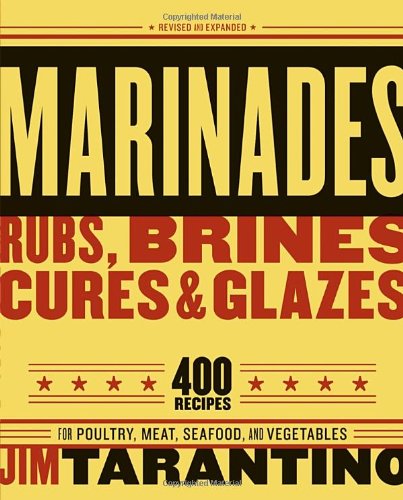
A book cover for Marinades, Rubs, Brines, Cures and Glazes; Jim Tarantino; Cookbooks, Food & Wine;